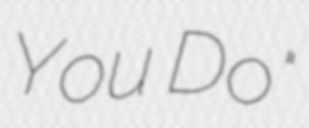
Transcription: You Do"